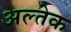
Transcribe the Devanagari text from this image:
अल्तेक